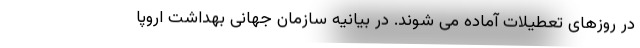
در روزهای تعطیلات آماده می شوند. در بیانیه سازمان جهانی بهداشت اروپا